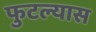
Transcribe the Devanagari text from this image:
फुटल्यास